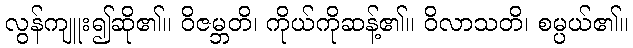
လွန်ကျူး၍ဆို၏။ ဝိဇမ္ဘတိ၊ ကိုယ်ကိုဆန့်၏။ ဝိလာသတိ၊ စမ္ပယ်၏။